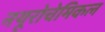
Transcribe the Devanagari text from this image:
नयूरोचेमिकल